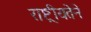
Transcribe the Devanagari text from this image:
राष्ट्रीयतेने